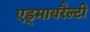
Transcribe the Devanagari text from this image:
एड्मायरैल्टी